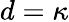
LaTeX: d=\kappa